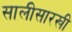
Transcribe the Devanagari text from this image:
सालीसारखी